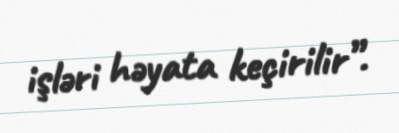
işləri həyata keçirilir”.